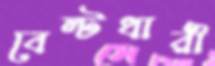
বেল্টধারী